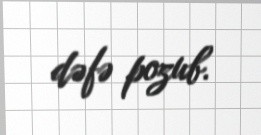
dəfə pozub.